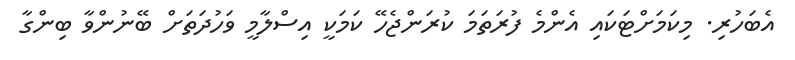
އެބަހުރި. މިކަމަށްޓަކައި އެންމެ ފުރަތަމަ ކުރަންޖެހޭ ކަމަކީ އިސްލާމީ ވަހުދަތަށް ބޭނުންވާ ބިންގާ